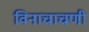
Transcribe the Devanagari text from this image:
विनाचाचणी